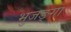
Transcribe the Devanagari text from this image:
भुजङ्गा